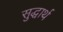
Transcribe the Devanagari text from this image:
सुद्धार्थ